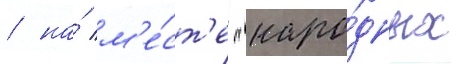
/ на́ м'е́ст'е "наро́дных